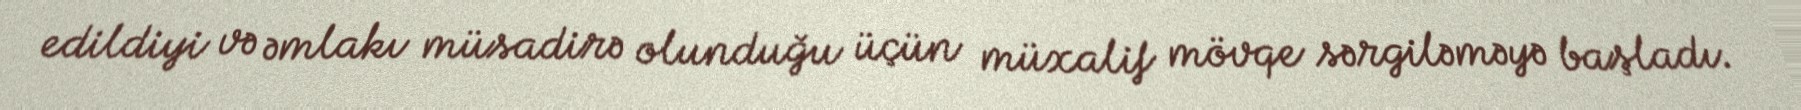
edildiyi və əmlakı müsadirə olunduğu üçün müxalif mövqe sərgiləməyə başladı.